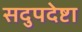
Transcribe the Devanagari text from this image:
सदुपदेष्टा